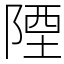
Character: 陻